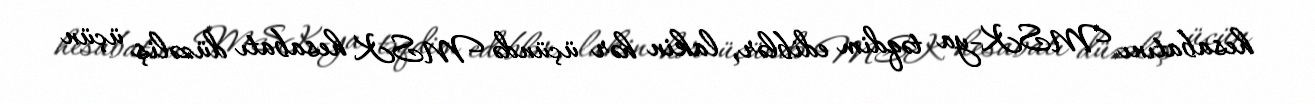
hesabatını MSK-ya təqdim ediblər, lakin hər üçündə MSK hesabatı düzəliş üçün